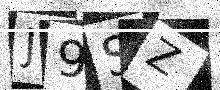
Text: J9SZ